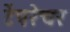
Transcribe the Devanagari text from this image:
टेंपरेचर